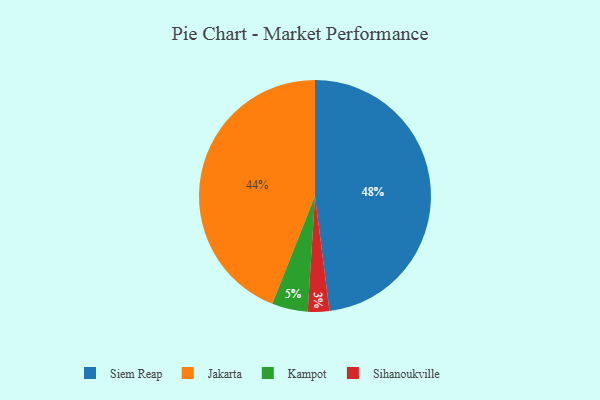
{"axis": {"x": "Category", "y": "Percentage"}, "legend": ["Jakarta", "Kampot", "Siem Reap", "Sihanoukville"], "data": [{"x": "Jakarta", "y": 44, "type": "Jakarta"}, {"x": "Siem Reap", "y": 48, "type": "Siem Reap"}, {"x": "Kampot", "y": 5, "type": "Kampot"}, {"x": "Sihanoukville", "y": 3, "type": "Sihanoukville"}]}